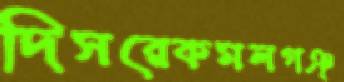
দিসরেকমলগঞ্